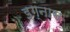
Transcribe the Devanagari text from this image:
इग्नास